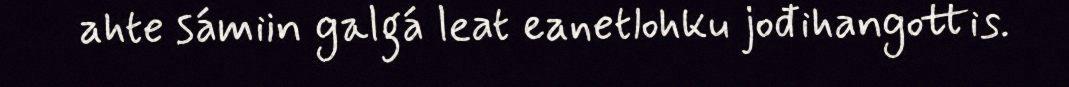
ahte sámiin galgá leat eanetlohku jođihangottis.